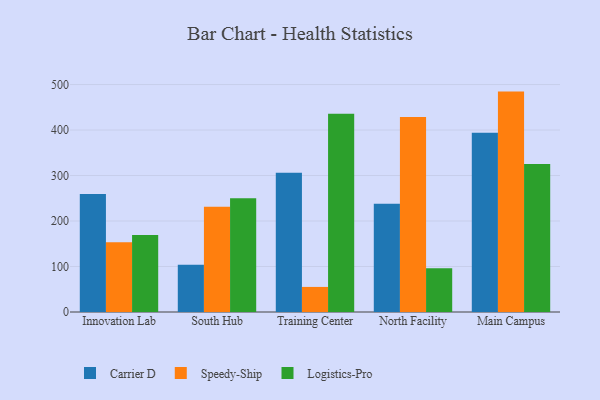
{"axis": {"x": "Campus", "y": "Operating Costs (USD K)"}, "legend": ["Carrier D", "Logistics-Pro", "Speedy-Ship"], "data": [{"x": "Innovation Lab", "y": 259.3, "type": "Carrier D"}, {"x": "Innovation Lab", "y": 153.3, "type": "Speedy-Ship"}, {"x": "Innovation Lab", "y": 169.5, "type": "Logistics-Pro"}, {"x": "South Hub", "y": 103.8, "type": "Carrier D"}, {"x": "South Hub", "y": 231.3, "type": "Speedy-Ship"}, {"x": "South Hub", "y": 249.9, "type": "Logistics-Pro"}, {"x": "Training Center", "y": 306.1, "type": "Carrier D"}, {"x": "Training Center", "y": 55.1, "type": "Speedy-Ship"}, {"x": "Training Center", "y": 436.0, "type": "Logistics-Pro"}, {"x": "North Facility", "y": 238.2, "type": "Carrier D"}, {"x": "North Facility", "y": 428.7, "type": "Speedy-Ship"}, {"x": "North Facility", "y": 96.4, "type": "Logistics-Pro"}, {"x": "Main Campus", "y": 393.8, "type": "Carrier D"}, {"x": "Main Campus", "y": 484.5, "type": "Speedy-Ship"}, {"x": "Main Campus", "y": 325.4, "type": "Logistics-Pro"}]}